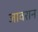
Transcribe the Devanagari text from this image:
जावरान